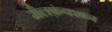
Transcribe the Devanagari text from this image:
मैलफ़ंक्शन